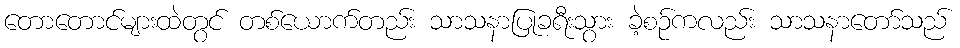
တောတောင်များထဲတွင် တစ်ယောက်တည်း သာသနာပြုခရီးသွား ခဲ့စဉ်ကလည်း သာသနာတော်သည်